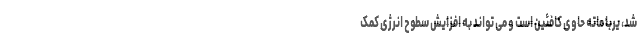
شد، یربا ماته حاوی کافئین است و می تواند به افزایش سطوح انرژی کمک